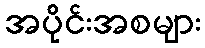
အပိုင်းအစများ